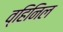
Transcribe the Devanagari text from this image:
व्हिनिल